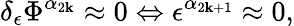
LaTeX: \delta_{\epsilon}\Phi^{\alpha_{2\mathbf{k}}}\approx0\Leftrightarrow\epsilon^{\alpha_{2\mathbf{k}+1}}\approx0,